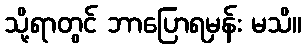
သို့ရာတွင် ဘာပြောရမှန်း မသိ။